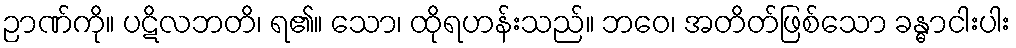
ဉာဏ်ကို။ ပဋိလဘတိ၊ ရ၏။ သော၊ ထိုရဟန်းသည်။ ဘဝေ၊ အတိတ်ဖြစ်သော ခန္ဓာငါးပါး